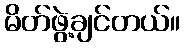
မိတ်ဖွဲ့ချင်တယ်။